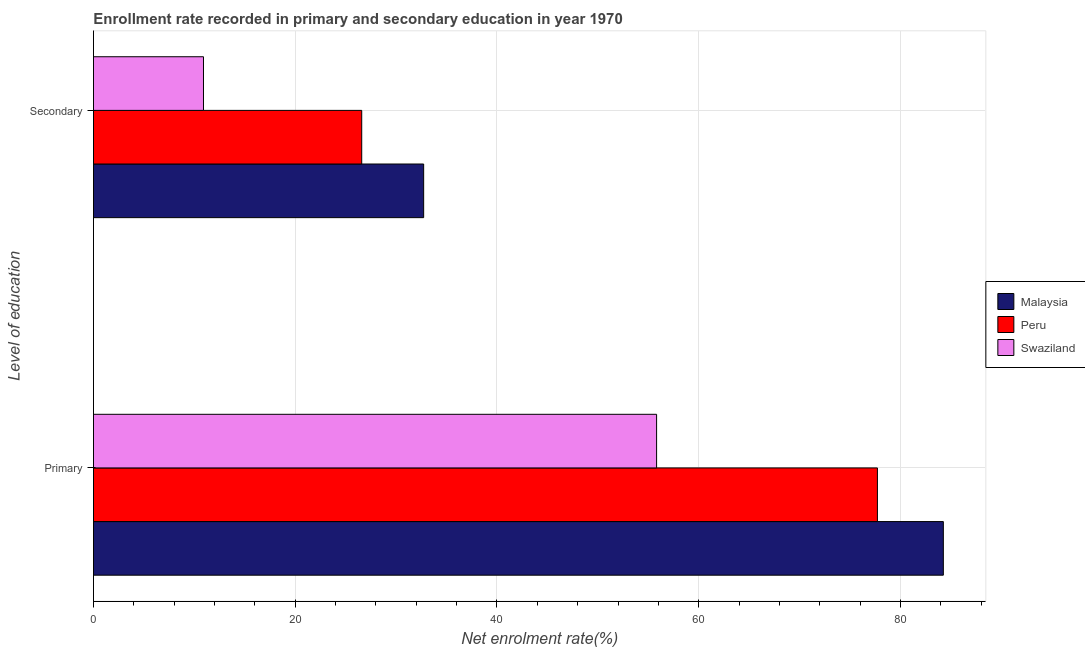
| Level of education | Malaysia | Peru | Swaziland |
 | --- | --- | --- | --- |
 | Primary | 84.2 | 77.7 | 55.8 |
 | Secondary | 32.7 | 26.6 | 10.9 |